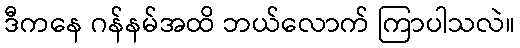
ဒီကနေ ဂန်နမ်အထိ ဘယ်လောက် ကြာပါသလဲ။